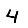
Digit: 4